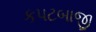
કપટબાજી